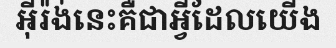
អ៊ីរ៉ង់នេះគឺជាអ្វីដែលយើង